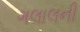
ગલાલની